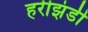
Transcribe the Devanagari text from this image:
हरीझंडी